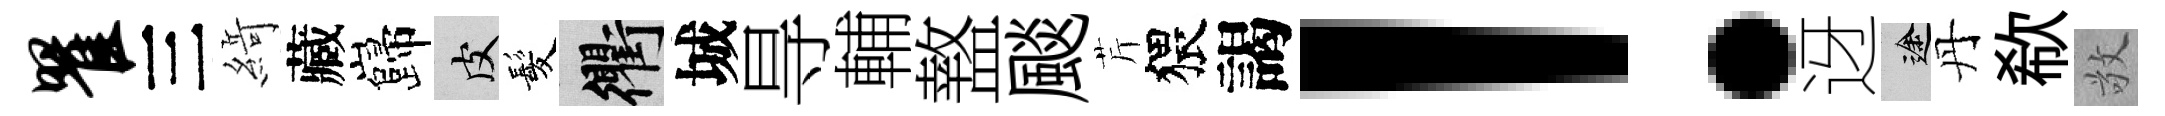
瞿三𦂶藏巋皮髪衢城㝵輔盩颷芹猥謁！迓途丹欷敬